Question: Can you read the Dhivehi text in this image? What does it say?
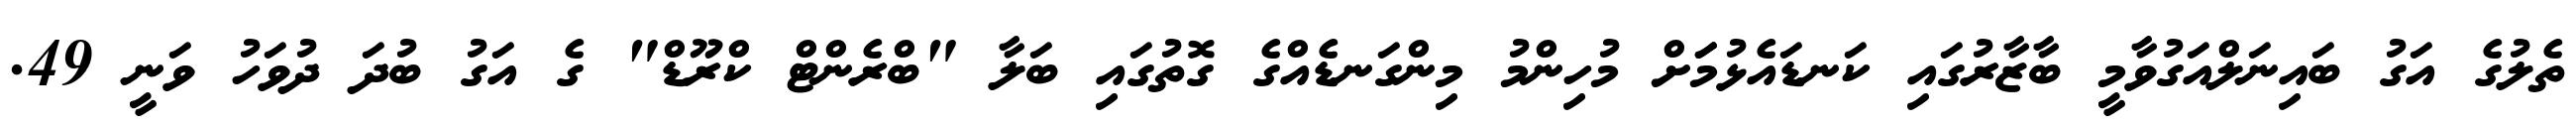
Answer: ތެލުގެ އަގު ބައިނަލްއަގުވާމީ ބާޒާރުގައި ކަނޑައެޅުމަަށް މުހިންމު މިންގަނޑެއްގެ ގޮތުގައި ބަލާ "ބްރެންޓް ކްރޫޑް" ގެ އަގު ބުދަ ދުވަހު ވަނީ 49.